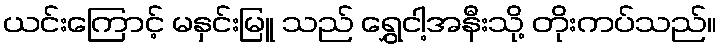
ယင်းကြောင့် မနှင်းမြူ သည် ရွှေငါ့အနီးသို့ တိုးကပ်သည်။